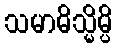
သမာဓိသ္မိမ္ပိ